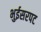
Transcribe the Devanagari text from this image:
भुईसरपट